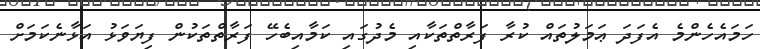
ހަމައެހެންމެ އެފަދަ ޢަމަލުތައް ކުރާ ފަރާތްތަކާއި މެދުގައި ކަމާއިބެހޭ ފަރާތްތަކުން ފިޔަވަޅު އަޅާނެކަމަށް